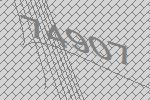
74907